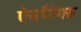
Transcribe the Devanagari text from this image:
ऐसपैरेगस